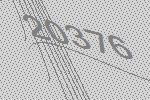
20376